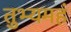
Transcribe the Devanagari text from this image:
तुभ्यमहं